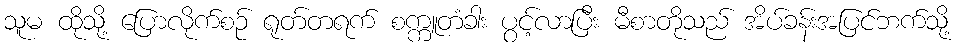
သူမ ထိုသို့ ပြောလိုက်စဉ် ရုတ်တရက် စက္ကူတံခါး ပွင့်လာပြီး မီစာတိုသည် အိပ်ခန်းအပြင်ဘက်သို့